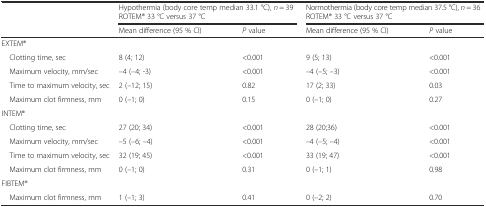
<table><thead><tr><td></td><td colspan="2"><b>Hypothermia (body core temp median 33.1 °C), <i>n</i> = 39ROTEM® 33 °C versus 37 °C</b></td><td colspan="2"><b>Normothermia (body core temp median 37.5 °C), <i>n</i> = 36ROTEM® 33 °C versus 37 °C</b></td></tr><tr><td></td><td><b>Mean difference (95 % CI)</b></td><td><b><i>P</i> value</b></td><td><b>Mean difference (95 % CI)</b></td><td><b><i>P</i> value</b></td></tr></thead><tbody><tr><td colspan="5">EXTEM®</td></tr><tr><td> Clotting time, sec</td><td>8 (4; 12)</td><td>&lt;0.001</td><td>9 (5; 13)</td><td>&lt;0.001</td></tr><tr><td> Maximum velocity, mm/sec</td><td>–4 (–4; -3)</td><td>&lt;0.001</td><td>–4 (–5; –3)</td><td>&lt;0.001</td></tr><tr><td> Time to maximum velocity, sec</td><td>2 (–12; 15)</td><td>0.82</td><td>17 (2; 33)</td><td>0.03</td></tr><tr><td> Maximum clot firmness, mm</td><td>0 (–1; 0)</td><td>0.15</td><td>0 (–1; 0)</td><td>0.27</td></tr><tr><td colspan="5">INTEM®</td></tr><tr><td> Clotting time, sec</td><td>27 (20; 34)</td><td>&lt;0.001</td><td>28 (20;36)</td><td>&lt;0.001</td></tr><tr><td> Maximum velocity, mm/sec</td><td>–5 (–6; –4)</td><td>&lt;0.001</td><td>–4 (–5; –4)</td><td>&lt;0.001</td></tr><tr><td> Time to maximum velocity, sec</td><td>32 (19; 45)</td><td>&lt;0.001</td><td>33 (19; 47)</td><td>&lt;0.001</td></tr><tr><td> Maximum clot firmness, mm</td><td>0 (–1; 0)</td><td>0.31</td><td>0 (–1; 1)</td><td>0.98</td></tr><tr><td colspan="5">FIBTEM®</td></tr><tr><td> Maximum clot firmness, mm</td><td>1 (–1; 3)</td><td>0.41</td><td>0 (–2; 2)</td><td>0.70</td></tr></tbody></table>